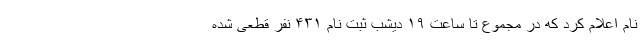
نام اعلام کرد که در مجموع تا ساعت ۱۹ دیشب ثبت نام ۴۳۱ نفر قطعی شده